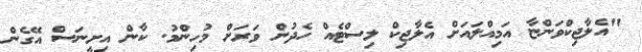
"އެލާޖިކްވަންޏާ އަމިއްލައަށް އެލާޖިކް ލިސްޓެއް ހެދުން ވަރަށް މުހިންމު. ކާން އިށީނަސް އޭގެން